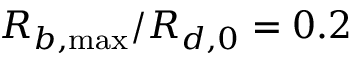
R _ { b , \operatorname* { m a x } } / R _ { d , 0 } = 0 . 2